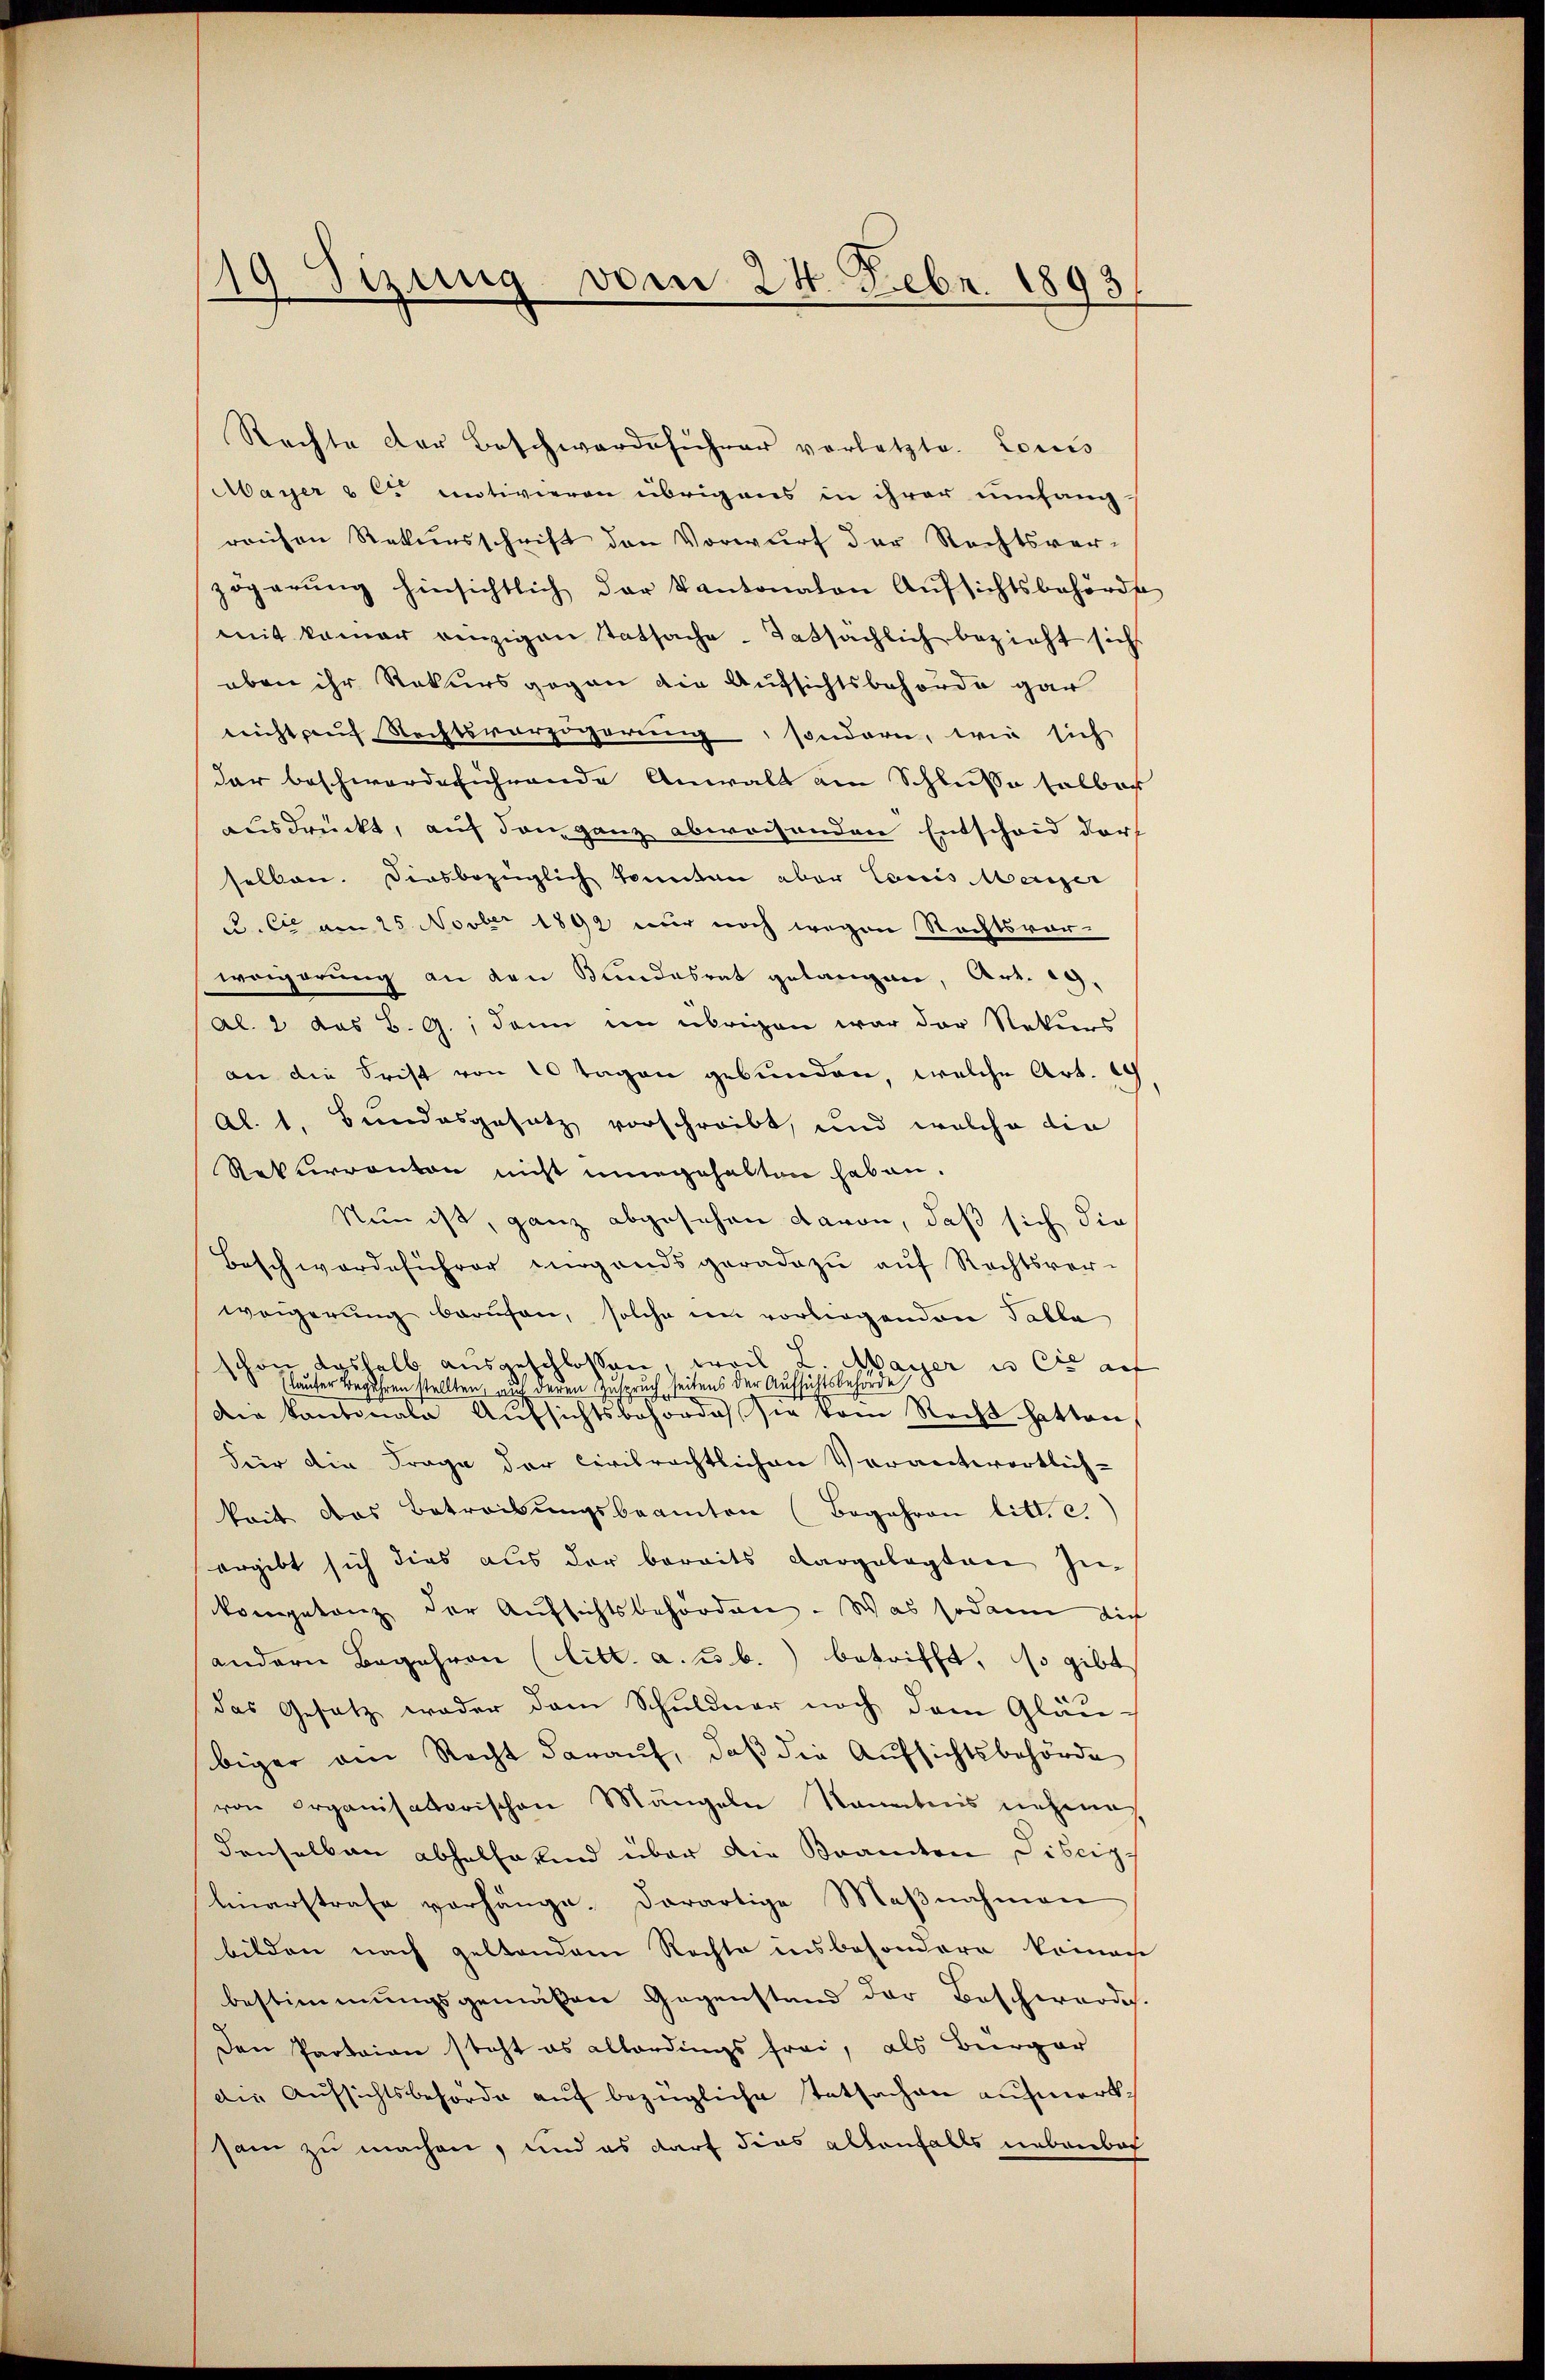
19 Sizung vom 24. Febr. 1893
f

Rechte der Beschwerdeführer vorletzte. Louis
Mayer & es motivieren übrigens in ihrer umfang-
reichen Rekursschrift den Vorwurf der Rechtsver-
zögerŭng hinsichtlich der Kantonalen Aŭfsichtsbehörde
mit kamer einzigen Tatsache - Tatsächlich bezieht sichs
eben ihr Rekursgegen die Aufsichtsbehörde gar
nicht auf Rechtsverzögerung, sondern, wie sich
dar beschwerdeführende Anwalt ain Schlusse halbach
ausdrückt, auf den ganz abweisenden Entscheid darf
selben. Diesbezüglich konnten aber Louis Meriger
u. Cie am 25. Novber 1892 nur noch wegen Rechtsvor-
weigerung an den Bundesrat gelangen, Art. 19.
Al. 2 das B. G., dann im übrigen war der Naturs
an die Frist von 10 tagen gebunden, welche Art. Ich
Al. 1. Bundesgesetz vorschreibt, und welche die
Rekurranton nicht eingehalten haben.
Nun ist, ganz abgesehen davon, daß sich die
Beschwerdeführer ergandsgeradezu auf Rechtsver-
weigerung berufen, solche im vorliegenden Tabla
schon deshalb ausgeschlossen, weil L. Mayer in er auf
 (lauter Begehren stellten u deren Zuspruch seitens der Aufsichtsbehörde
Die Kantonale Aufsichtsbehörde sie vom Recht hatten
Für die Frage der civilrechtlichen Veranterertlich-
keit das Betreibungsbeamten (Begehren litt. c.
ergibt sich dies aus der bereits dargelegten zu-
kompetenz der Aufsichtsbehörden. Was sodann dich
andern Begehren (litt. a. u. b.) betrifft, so gibt
das Gesetz weder dem Schuldner noch dem Gläu-
biger den Recht daraŭf, daβ die Aufsichtsbehörde
von Organisatorischen Mängeln kanntnis nehme
denselben abhelferend über die Bramten Fiscip-
linarstrafe vorhänge. Derartige Maβnahmen
bilden nach geltendem Rechte insbesondere kainage
bestimmungsgemäßen Gegenstand der Beschwärde.
Den Parteien steht es allerdings frei, als Bürger
die Aufsichtsbehörde auf bezügliche Tatsachen aufmerksam zu machen, und es darf dies allenfalls nebenbach